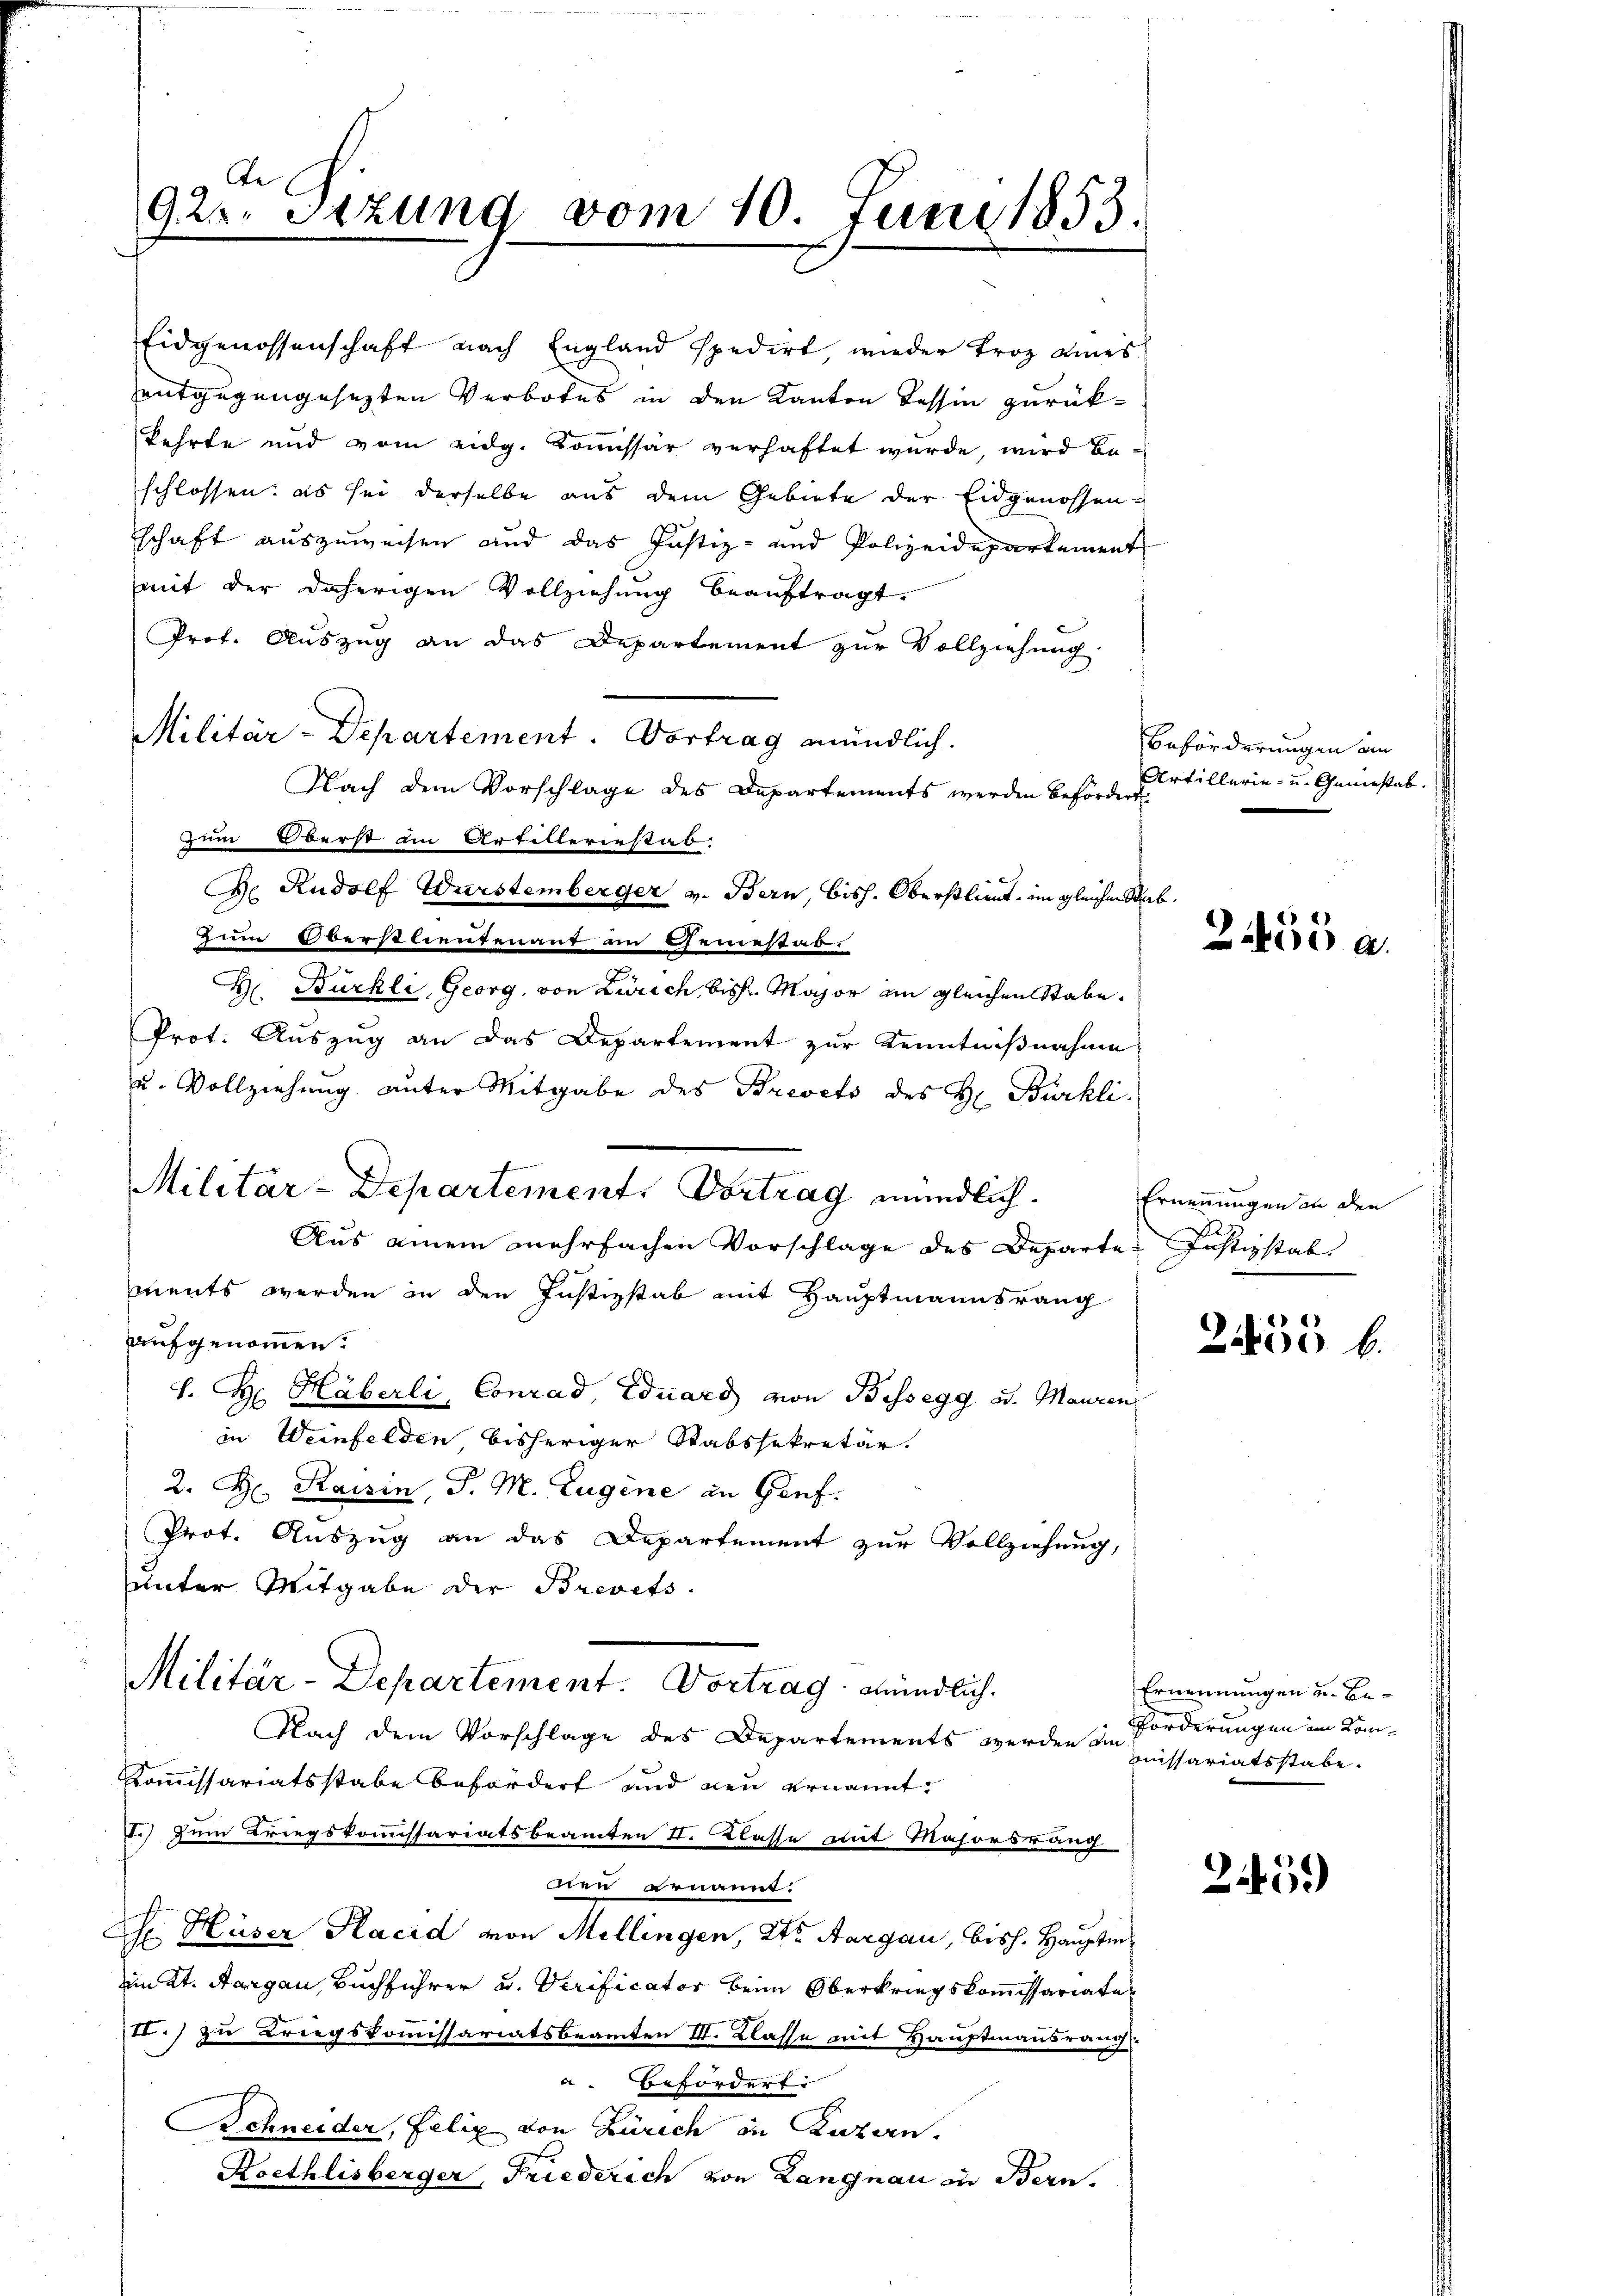
le
925. Stzung vom 10. Juni 1853.

Prof. Auszug an das Departement zur Vollziehung
Militär-Departement. Vortrag mündlich.
Nach dem Vorschlage des Departements werden befördert.
zum erst an Artillerinstab.
Ge Rudolf Wurstemberger v. Bern, bish. Oberstlieut. im gleichen Stabzum verstrentenant im Genesab.
H. Bürkli, Georg, von Zürich bis Major am gleichen Stabe.
Prot. Auszug an das Departement zur Kenntnißnahme
u. Vollziehung unter Mitgabe des Brevets des H. Bürkli
ments werden in den Justizstab mit Hauptmannsrang
aufgenommen.
H. H. Häberli, Conrad, Eduard von Bissegg u. Mauren
in Weinfelden bisheriger Stabssekretär.
2. H. Rassin, P. M. Eugene in Genf.
Prot. Auszug an das Departement zur Vollziehung,
unter Mitgabe der Brevets.
Militär-Departement. Vortrag mündlich.
Nach dem Vorschlage des Departements werden der Lissariatsstabe
Kommissariatsstabe befordert und neu ernannt.
) zum Kriegskommissariatsbeamten II. Klasse mit Majorsrang
Oren genannt.
Ch Hüser Hacid von Mellingen, Dr. Aargau, bish. Hauptm.
 et. Aargau, Buchführer u. Verificator beim Oberkriegskommissariate
II.) zu Kriegskommissariatsbeamten III. Klasse mit Hauptmannsrauch
a. Befördert
Schneider, Felix von Zürich in Luzern.
Koethlisberger, Friederich von Langnau in Bern.

Eidgenossenschaft nach England spedirt wieder Froz Riesentgegengesetzten Verbotes in den Kanton Tessin zurückkehrte und vom eidg. Kommissär verhaftet wurde, wird beschlossen: es sei derselbe aus dem Gebiete der Eidgenossen-
schaft auszuweisen und das Justiz- und Polizeidepartement
mit der daherigen Vollziehung beauftragt.

e
Militar-Departement, Vortrag mündlich.
Aus einem mehrfachen Vorschlage des Departe Justizstab

Beförderungen am
Artillerie- u. Generstab.

2435 a

Ernennungen an den

2435 f.

Ernennungen u. Be¬
Forderungen im Kom-

2459)